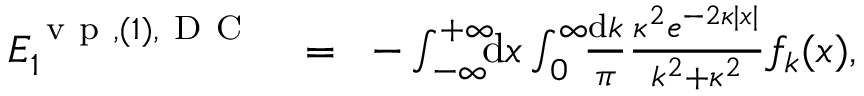
\begin{array} { r l r } { { \cal E } _ { 1 } ^ { \ensuremath { \mathrm { ~ v ~ p ~ } } , ( 1 ) , \mathrm { ~ D ~ C ~ } } \! } & { { } = } & { \! - \int _ { - \infty } ^ { + \infty } \! \! \! \mathrm { d } x \int _ { 0 } ^ { \infty } \! \! \frac { \mathrm d k } { \pi } \frac { \kappa ^ { 2 } e ^ { - 2 \kappa | x | } } { k ^ { 2 } + \kappa ^ { 2 } } f _ { k } ( x ) , } \end{array}